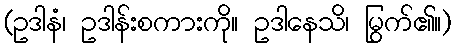
(ဥဒါနံ၊ ဥဒါန်းစကားကို။ ဥဒါနေသိ၊ မြွက်၏။)